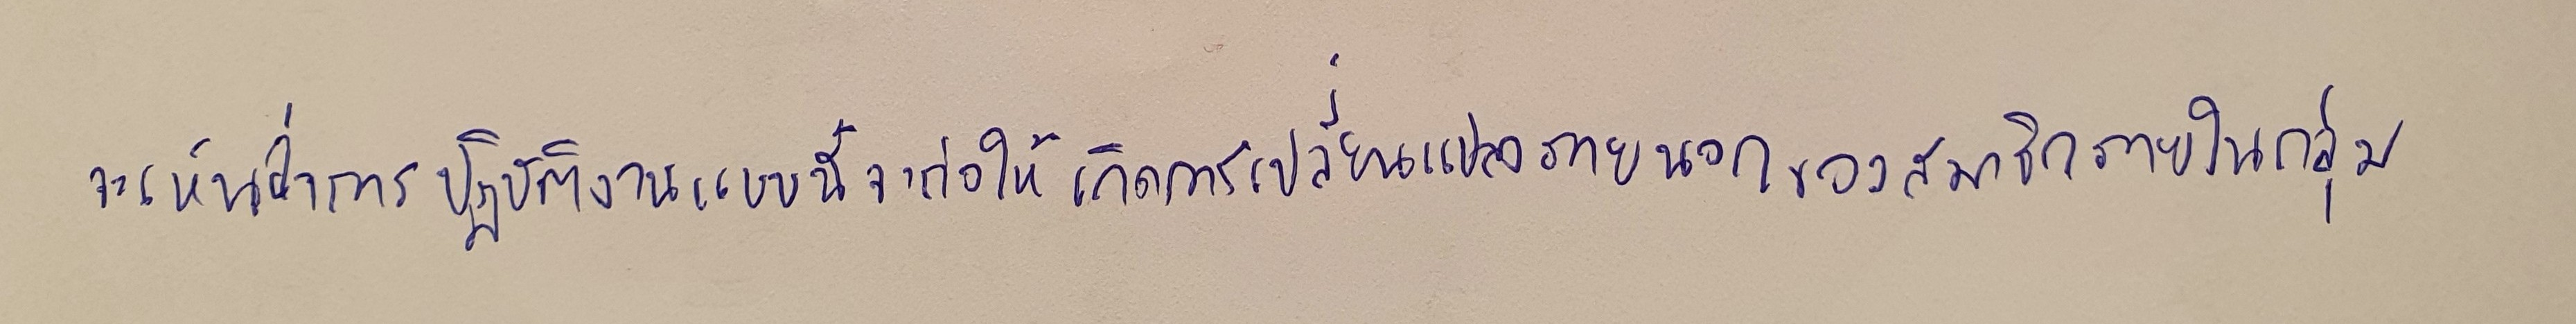
จะเห็นว่าการปฏิบัติงานแบบนี้จะก่อให้เกิดการเปลี่ยนแปลงภายนอกของสมาชิกภายในกลุ่ม